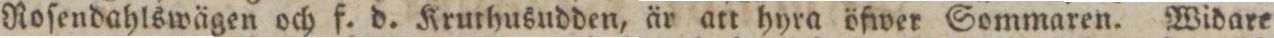
Roſendahlswägen och f. d. Kruthusudden, är att hyra öfwer Sommaren. Widare